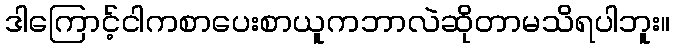
ဒါကြောင့်ငါကစာပေးစာယူကဘာလဲဆိုတာမသိရပါဘူး။